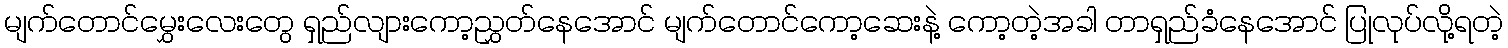
မျက်တောင်မွှေးလေးတွေ ရှည်လျားကော့ညွှတ်နေအောင် မျက်တောင်ကော့ဆေးနဲ့ ကော့တဲ့အခါ တာရှည်ခံနေအောင် ပြုလုပ်လို့ရတဲ့